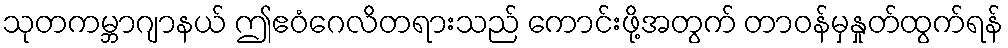
သုတကမ္ဘာဂျာနယ် ဤဧဝံဂေလိတရားသည် ကောင်းဖို့အတွက် တာဝန်မှနှုတ်ထွက်ရန်